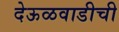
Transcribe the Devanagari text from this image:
देऊळवाडीची